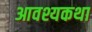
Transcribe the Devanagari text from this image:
आवश्यकथा